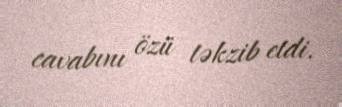
cavabını özü təkzib etdi.